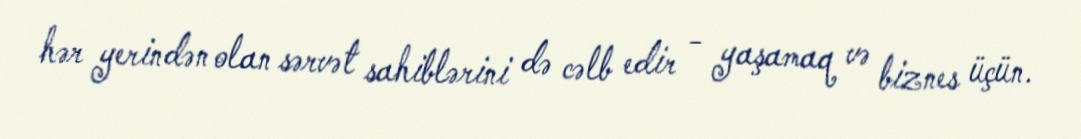
hər yerindən olan sərvət sahiblərini də cəlb edir - yaşamaq və biznes üçün.